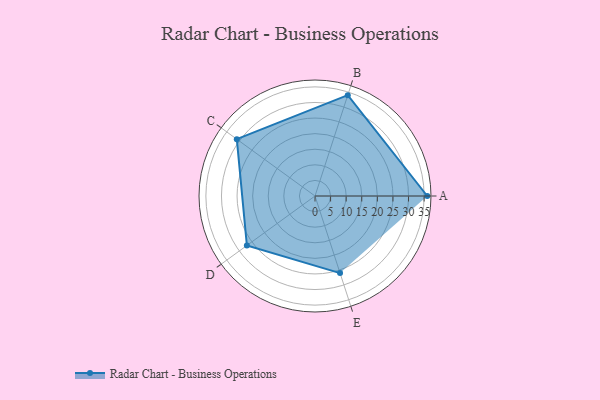
{"axis": {"x": "Skill", "y": "Score"}, "legend": ["Profile"], "data": [{"x": "A", "y": 36.0, "type": "Profile"}, {"x": "B", "y": 34.0, "type": "Profile"}, {"x": "C", "y": 31.0, "type": "Profile"}, {"x": "D", "y": 27.0, "type": "Profile"}, {"x": "E", "y": 26.0, "type": "Profile"}]}